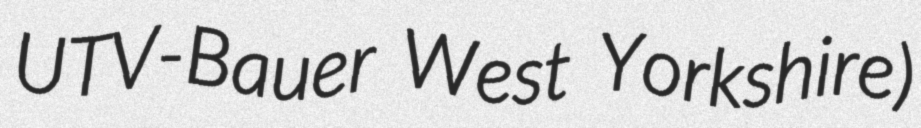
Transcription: UTV-Bauer West Yorkshire)